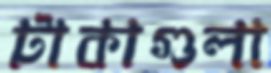
টাকাগুলা